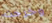
وخرجت